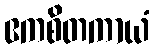
ဧကစိတကာယံ